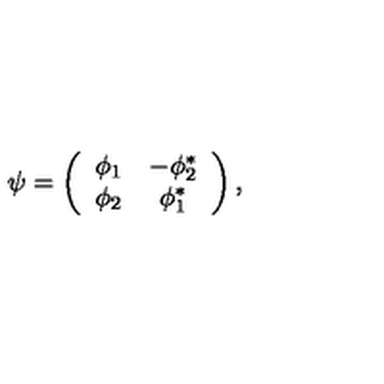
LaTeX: \psi = \left( \begin{array} { c c } { \phi _ { 1 } } & { - \phi _ { 2 } ^ { * } } \\ { \phi _ { 2 } } & { \phi _ { 1 } ^ { * } } \\ \end{array} \right) ,